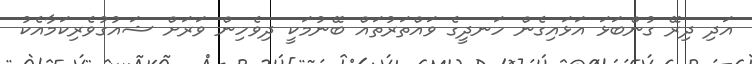
އަދި ދިރޭ ގުންބަޅަ އަޅައިގެން ހަނދީގެ ވައްތަރުތައް ބޭނުމަކީ ދިވެހިން ވަރަށް ޝައުގުވެރިކަމާއެކު